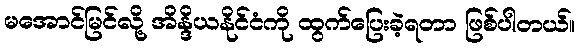
မအောင်မြင်လို့ အိန္ဒိယနိုင်ငံကို ထွက်ပြေးခဲ့ရတာ ဖြစ်ပါတယ်။